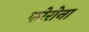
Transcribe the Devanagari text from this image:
फोरोना